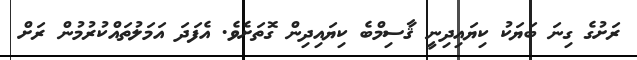
ރަށުގެ ގިނަ ބަޔަކު ކިޔައިދިނީ ޤާސިމްބެ ކިޔައިދިން ގޮތަށެވެ. އެފަދަ އަމަލުތައްކުރުމުން ރަށް